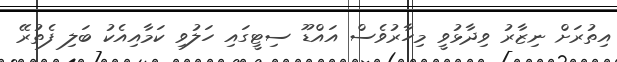
އިތުރަށް ނިޒާރު ވިދާޅުވީ މިހާރުވެސް އައްޑޫ ސިޓީގައި ހަލުވި ކަމާއިއެކު ބަލި ފެތުރޭ